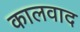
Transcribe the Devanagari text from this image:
कालवाद